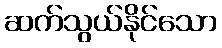
ဆက်သွယ်နိုင်သော